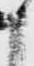
申